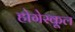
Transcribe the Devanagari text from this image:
होगेस्कूल